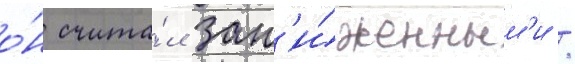
о́н счита́л зан'и́женным'и /